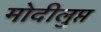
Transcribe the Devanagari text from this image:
मोदीलुप्त